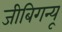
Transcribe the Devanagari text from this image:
जीबिगन्यू